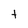
Character: t